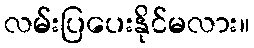
လမ်းပြပေးနိုင်မလား။